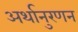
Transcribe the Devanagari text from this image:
अर्थानुरणन